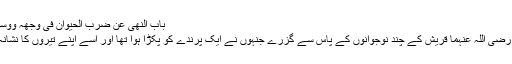
باب النھی عن ضرب الحیوان فی وجھہ ووسمہ فیہ 2117)
عبداللہ بن عمر رضی اللہ عنہما قریش کے چند نوجوانوں کے پاس سے گزرے جنہوں نے ایک پرندے کو پکڑا ہوا تھا اور اسے اپنے تیروں کا نشانہ بنا رہے تھے۔